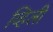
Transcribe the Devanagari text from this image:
व्हिली